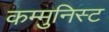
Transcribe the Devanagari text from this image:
कम्मुनिस्ट